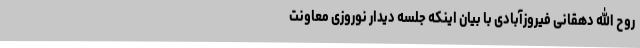
روح الله دهقانی فیروزآبادی با بیان اینکه جلسه دیدار نوروزی معاونت